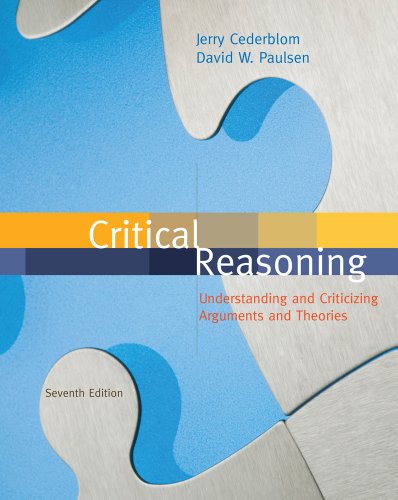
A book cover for Critical Reasoning; Jerry Cederblom; Politics & Social Sciences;